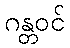
ဂန္တဝင်